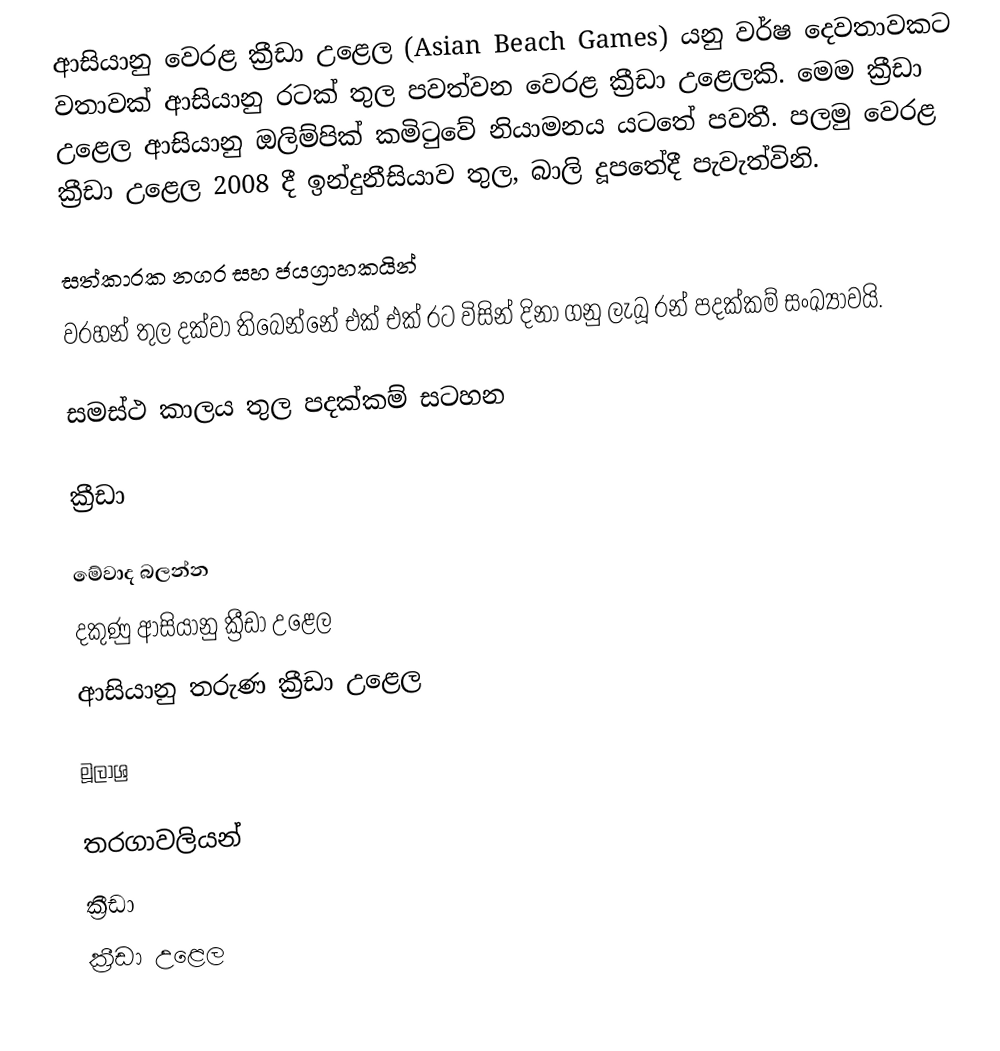
ආසියානු වෙරළ ක්‍රීඩා  උළෙල (Asian Beach Games) යනු වර්ෂ දෙවතාවකට වතාවක් ආසියානු රටක් තුල පවත්වන වෙරළ ක්‍රීඩා උළෙලකි. මෙම ක්‍රීඩා උළෙල ආසියානු ඔලිම්පික් කමිටුවේ නියාමනය යටතේ පවතී. පලමු වෙරළ ක්‍රීඩා උළෙල 2008 දී ඉන්දුනීසියාව තුල, බාලි දූපතේදී පැවැත්විනි.

සත්කාරක නගර සහ ජයග්‍රාහකයින්
වරහන් තුල දක්වා තිබෙන්නේ එක් එක් රට විසින් දිනා ගනු ලැබූ රන් පදක්කම් සංඛ්‍යාවයි.

සමස්ථ කාලය තුල පදක්කම් සටහන

ක්‍රීඩා

මේවාද බලන්න
 දකුණු ආසියානු ක්‍රීඩා උළෙල
 ආසියානු තරුණ ක්‍රීඩා උළෙල

මූලාශ්‍ර

තරගාවලියන්
ක්‍රීඩා
ක්‍රීඩා උළෙල